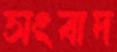
সংবাদ